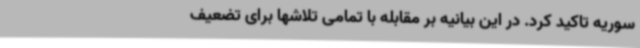
سوریه تاکید کرد. در این بیانیه بر مقابله با تمامی تلاشها برای تضعیف